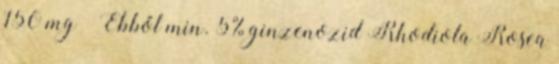
150 mg – Ebből min. 5% ginzenozid Rhodiola Rosea